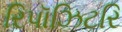
રિપૉઝિટરિ